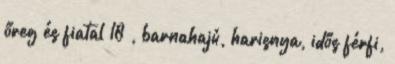
őreg és fiatal 18 , barnahajú, harisnya, idős férfi,